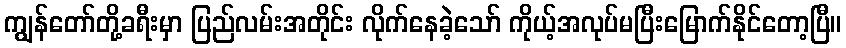
ကျွန်တော်တို့ခရီးမှာ ပြည်လမ်းအတိုင်း လိုက်နေခဲ့သော် ကိုယ့်အလုပ်မပြီးမြောက်နိုင်တော့ပြီ။